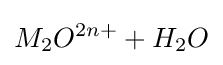
M_{2}O^{2n+}+H_{2}O